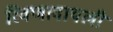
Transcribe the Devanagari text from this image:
रिवणावायली